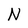
Character: N